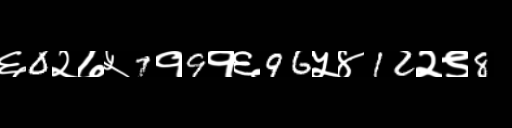
Text: ६0२७५7१9१६96५४12२९8